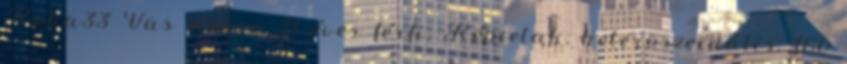
Roka33 Vas megye, 31 éves férfi, Répcelak, heteroszexuális, 180